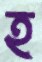
হ